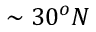
\sim 3 0 ^ { o } N